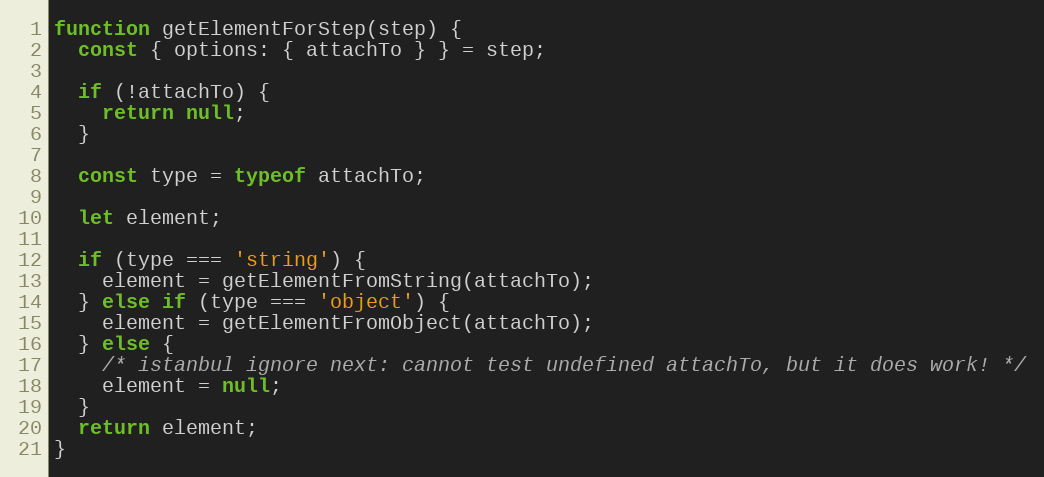
Language: JavaScript
function getElementForStep(step) {
  const { options: { attachTo } } = step;

  if (!attachTo) {
    return null;
  }

  const type = typeof attachTo;

  let element;

  if (type === 'string') {
    element = getElementFromString(attachTo);
  } else if (type === 'object') {
    element = getElementFromObject(attachTo);
  } else {
    /* istanbul ignore next: cannot test undefined attachTo, but it does work! */
    element = null;
  }
  return element;
}